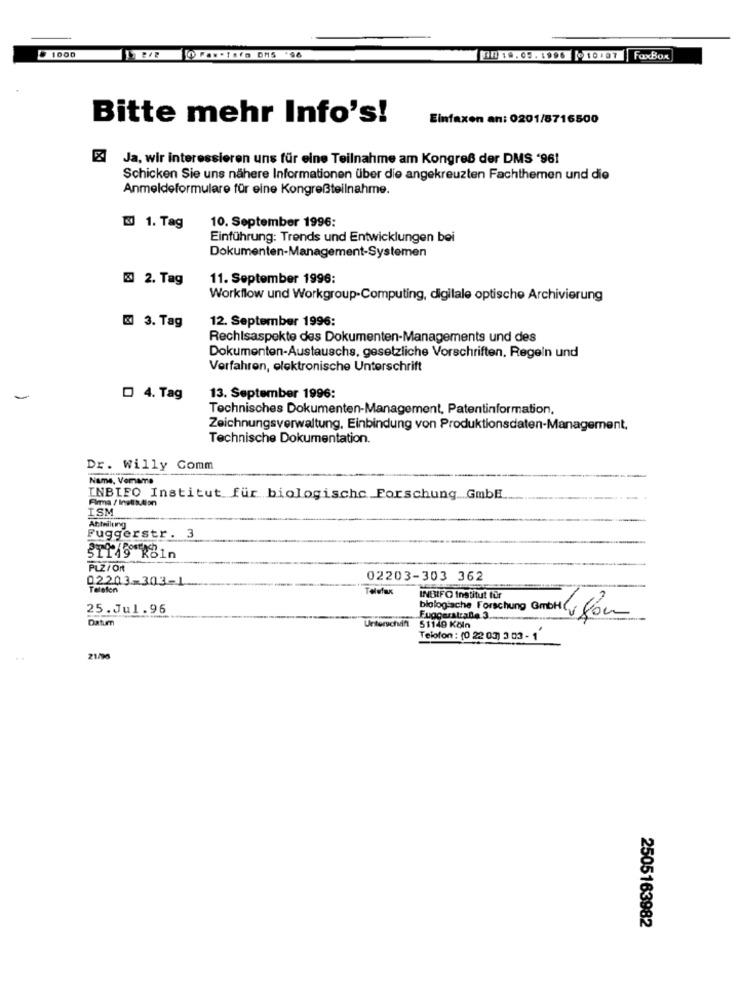
1019.05.1996 10:07 |FaxBox
Bitte mehr Info's!
Einfaxen an: 0201/8716500
& Ja, wir interessieren uns für eine Teilnahme am Kongres der DMS '961
Schicken Sie uns nähere Informationen über die angekreuzten Fachthemen und die
Anmeldeformulare für eine Kongreßteilnahme.
& 1. Tag
10. September 1996:
Einführung: Trends und Entwicklungen bei
Dokumenten-Management-Systemen
2. Tag
11. September 1996:
Workflow und Workgroup-Computing, digitale optische Archivierung
3. Tag
12. September 1996:
Rechtsaspekte des Dokumenten-Managements und des
Dokumenten-Austauschs, gesetzliche Vorschriften, Regeln und
Verfahren, elektronische Unterschrift
-
D 4. Tag
13. September 1996:
Technisches Dokumenten-Management, Patentinformation,
Zeichnungsverwaltung, Einbindung von Produktionsdaten-Management,
Technische Dokumentation.
Dr. Willy Comm
Name, Vorname
INBIFO Institut für biologische Forschung GmbH.
Firma / Institution
ISM
Abteilung
Fuggerstr. 3
21119 Rain
PLZ/ Of
02203-303-1
02203-303 362
Teloton
Telefax
INBIFO Institut für
25.Jul.96
Datum
Eugourstraße 3 .....
biologiache Forschung Gmbh & co
Urteruchdfl
51149 Köln
Telofon : (0 22 03) 3 03 - 1
21/96
2505163982